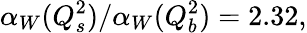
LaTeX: \alpha_{W}(Q_{s}^{2})/\alpha_{W}(Q_{b}^{2})=2.32,